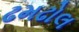
ઢમઢોલ